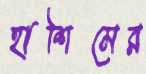
হাশিমের